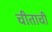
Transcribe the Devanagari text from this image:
चीताची